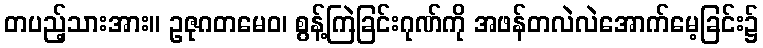
တပည့်သားအား။ ဥဇုဂတမေဝ၊ စွန့်ကြဲခြင်းဂုဏ်ကို အဖန်တလဲလဲအောက်မေ့ခြင်း၌